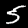
Label: 5